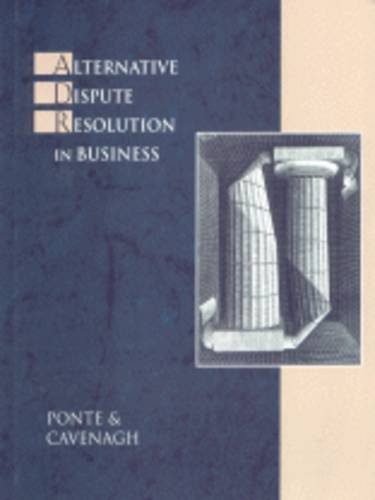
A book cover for Alternative Dispute Resolution in Business; Lucille Ponte; Law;